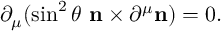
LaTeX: \partial _ { \mu } ( \sin ^ { 2 } \theta \, \, { \bf n } \times \partial ^ { \mu } { \bf n } ) = 0 .